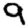
Digit: 9